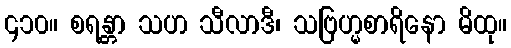
၄၁၀။ စရန္တာ သဟ သီလာဒီ၊ သဗြဟ္မစာရိနော မိထု။